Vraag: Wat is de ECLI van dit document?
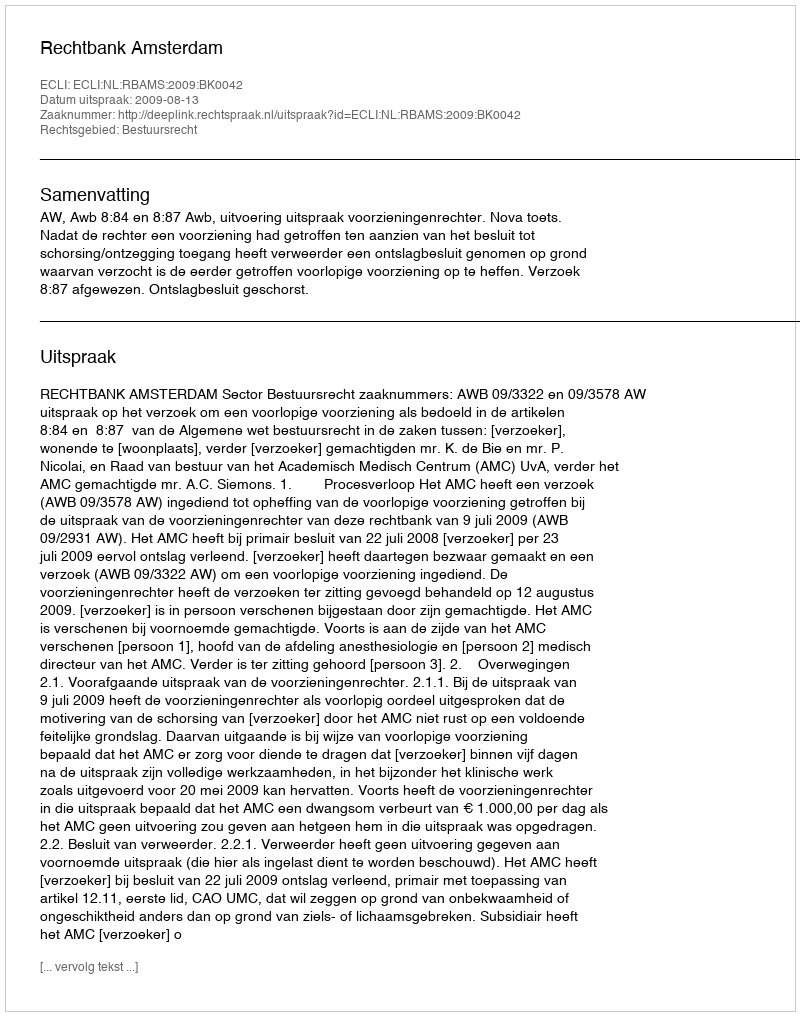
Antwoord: ECLI:NL:RBAMS:2009:BK0042